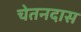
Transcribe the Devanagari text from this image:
चेतनदास